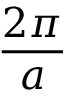
\frac { 2 \pi } { a }